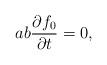
LaTeX: \begin{align*}a b \displaystyle\frac{\partial f_0}{\partial t}=0,\end{align*}